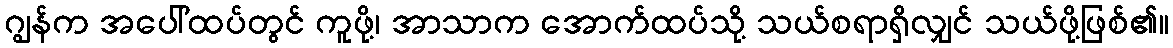
ဂျွန်က အပေါ်ထပ်တွင် ကူဖို့၊ အာသာက အောက်ထပ်သို့ သယ်စရာရှိလျှင် သယ်ဖို့ဖြစ်၏။